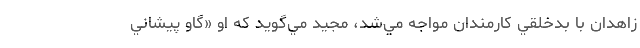
زاهدان با بدخلقي كارمندان مواجه مي‌شد، مجيد مي‌گويد كه او «گاو پيشاني